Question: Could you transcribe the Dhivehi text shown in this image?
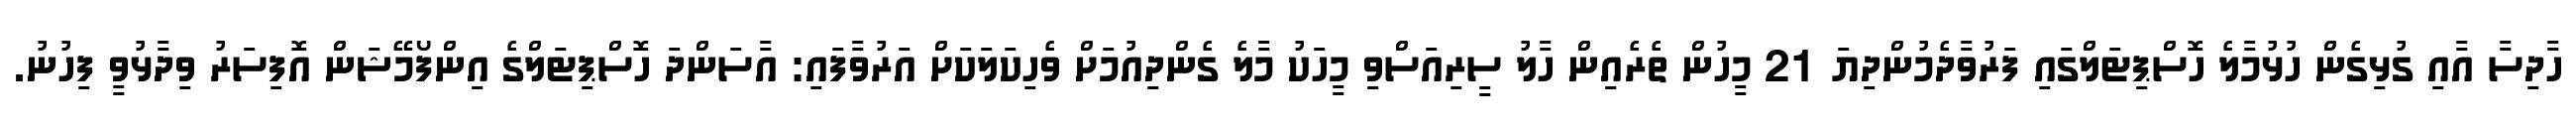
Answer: ހާދިސާ އާއި ގުޅިގެން ހުޅުމާލެ ހޮސްޕިޓަލްގައި ފަރުވާދެމުންދިޔަ 21 މީހުން ތެރެއިން ހާލު ސީރިއަސްވި މީހަކު މާލެ ގެންދިއުމަށް ވެހިކަލަކަށް އަރުވާފައި: އާސަންދަ ހޮސްޕިޓަލްގެ އިންފޯމޭޝަން އޮފިސަރު ވިދާޅުވީ ފިހުނު.